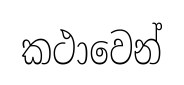
කථාවෙන්